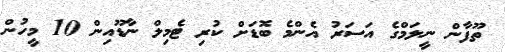
ތޫފާން ނީލަމްގެ އަސަރު އެންމެ ބޮޑަށް ކުރި ޓެމިލް ނާޑޫއިން 10 މީހުން